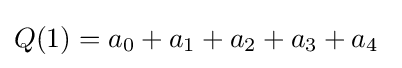
Q(1)=a_{0}+a_{1}+a_{2}+a_{3}+a_{4}\